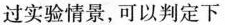
过实验情景，可以判定下